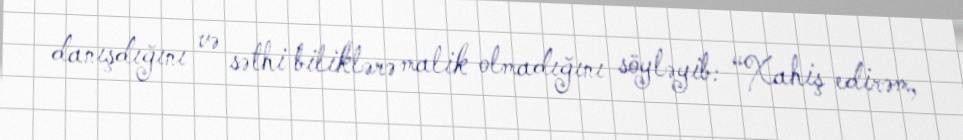
danışdığını və səthi biliklərə malik olmadığını söyləyib: “Xahiş edirəm,